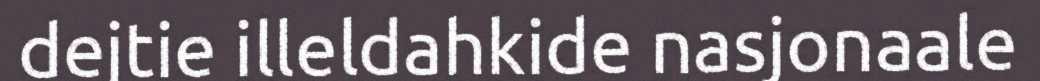
dejtie illeldahkide nasjonaale